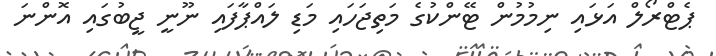
ޕެޓްރޯލް އަޅައި ނިމުމުން ޓޭންކުގެ މަތިޖަހައި މަޑި ލައްޕާފައި ނޫނީ ޖީބުގައި އޮންނަ